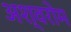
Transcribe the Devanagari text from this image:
अश्वरोम